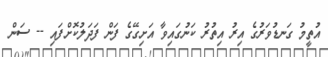
އުތީމު ގަނޑުވަރުގެ އިރު އިތުރު ކަނުގައިވާ އަށިގޭގެ ފަން ފަދަލުކޮށްފައި -- ސަން